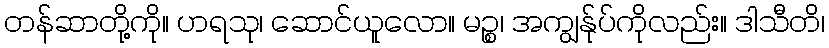
တန်ဆာတို့ကို။ ဟရသု၊ ဆောင်ယူလော။ မဉ္စ၊ အကျွန်ုပ်ကိုလည်း။ ဒါသီတိ၊